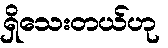
ရှိသေးတယ်ဟု